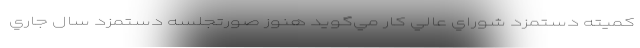
كميته دستمزد شوراي عالي كار مي‌گويد هنوز صورتجلسه دستمزد سال جاري